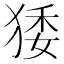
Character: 㹻